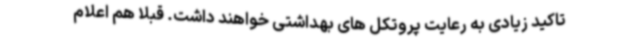
تاکید زیادی به رعایت پروتکل های بهداشتی خواهند داشت. قبلا هم اعلام